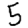
Digit: 5